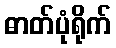
ဓာတ်ပုံရိုက်